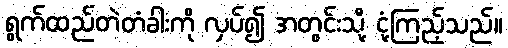
ရွက်ထည်တဲတံခါးကို လှပ်၍ အတွင်းသို့ ငုံ့ကြည့်သည်။